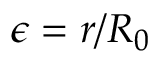
\epsilon = r / R _ { 0 }